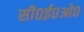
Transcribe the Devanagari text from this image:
सी०ई०ओ०